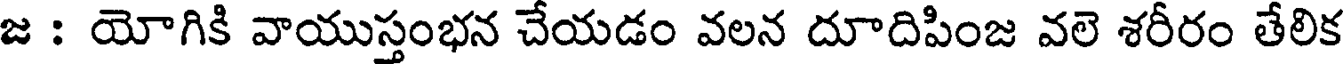
జ : యోగికి వాయుస్తంభన చేయడం వలన దూదిపింజ వలె శరీరం తేలిక